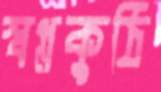
স্বপ্নকুঠি